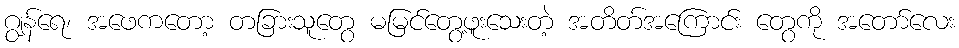
ဂျွန်ရေ၊ အဖေကတော့ တခြားသူတွေ မမြင်တွေ့ဖူးသေးတဲ့ အတိတ်အကြောင်း တွေကို အတော်လေး